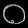
Digit: ၀